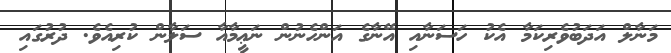
މަނާލް އަދަބުވެރިކަމާ އެކު ހަސަނާއި އޭނާގެ އަންހެނުން ނަޢީމާއާ ސަލާން ކުރިއެވެ. ދުރުގައި